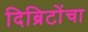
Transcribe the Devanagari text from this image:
दिब्रिटोंचा